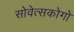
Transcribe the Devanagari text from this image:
सोवेत्सकोगो